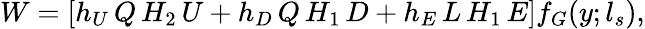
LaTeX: W=\left[h_{U}\, Q\, H_{2}\, U+h_{D}\, Q\, H_{1}\, D+h_{E}\, L\, H_{1}\, E\right]f_{G}(y;l_{s}),